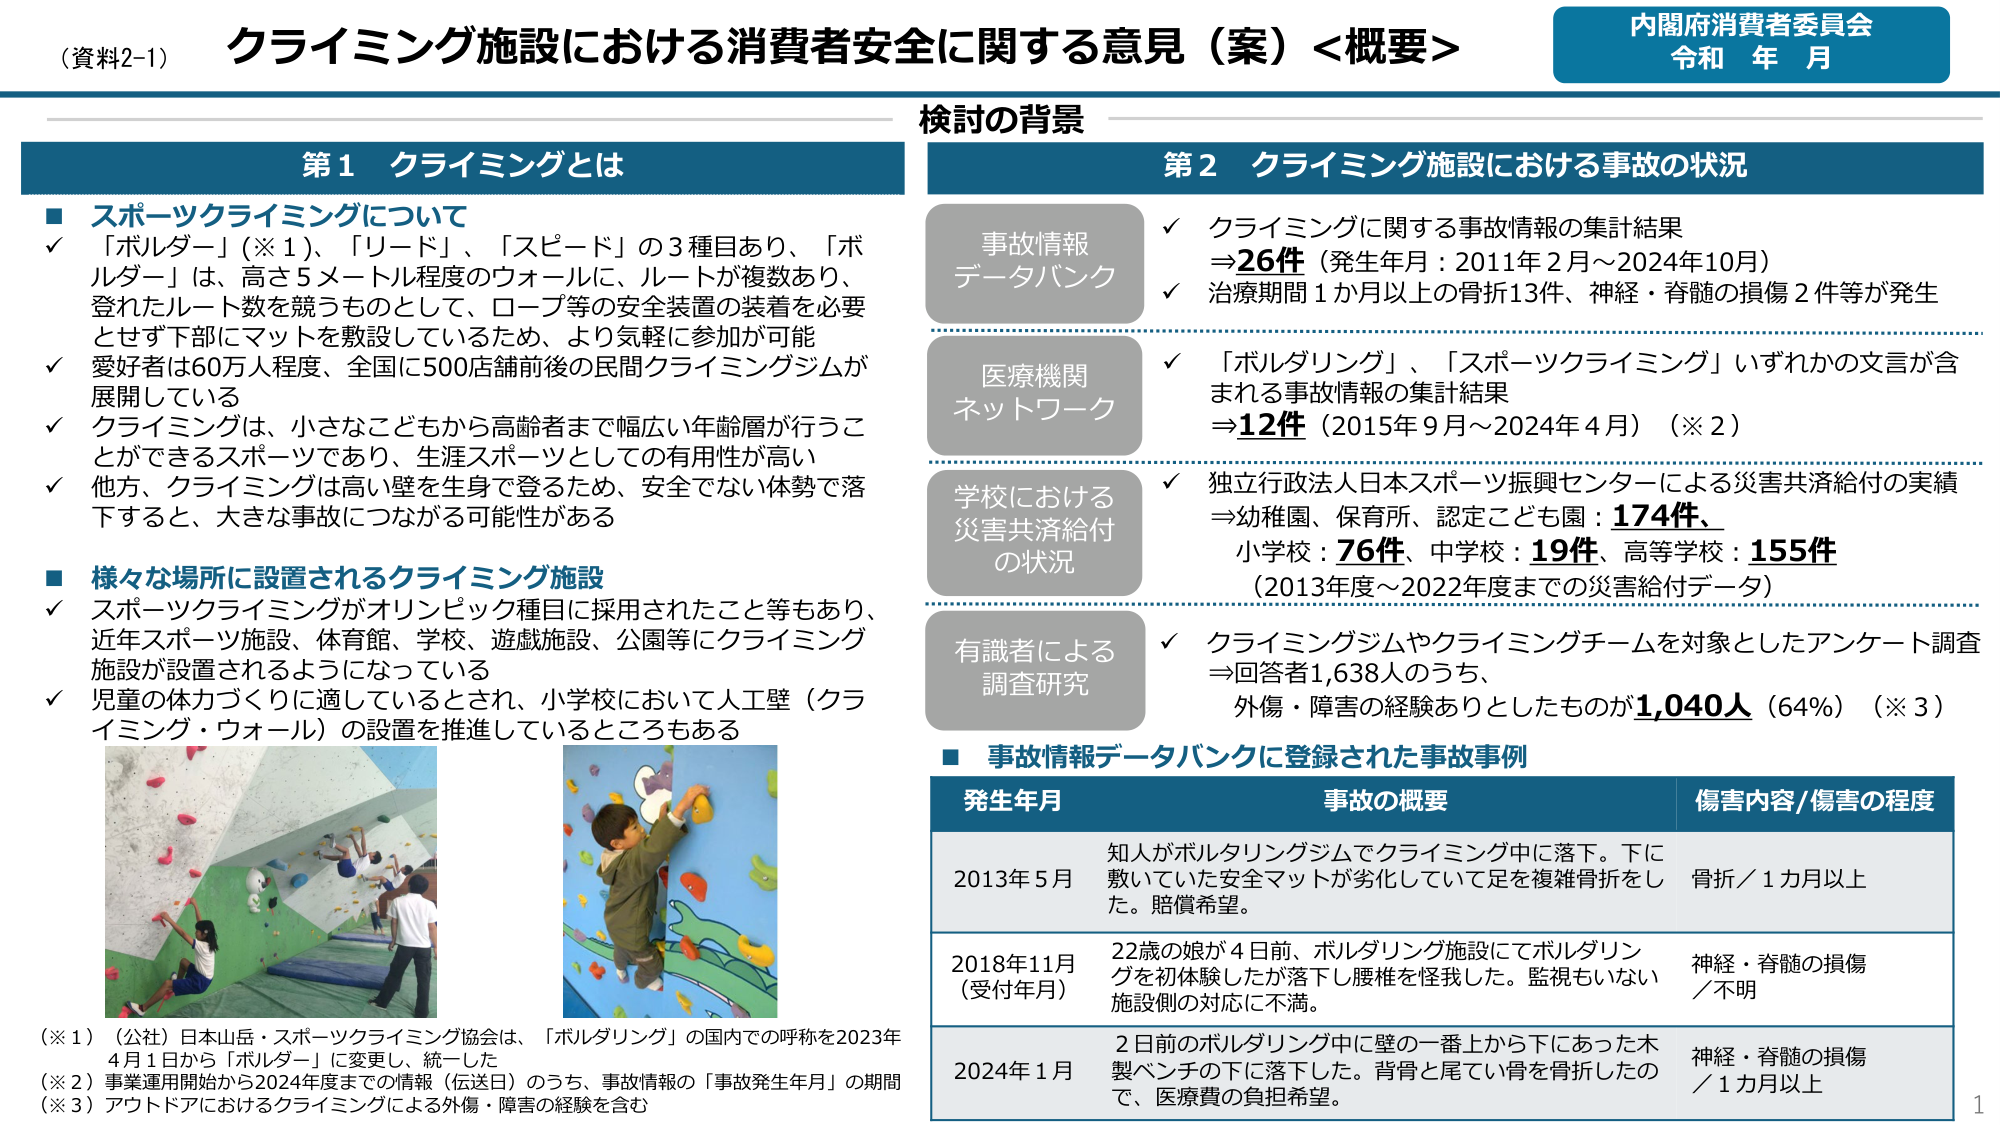
（資料2-1）
クライミング施設における消費者安全に関する意見（案）＜概要＞
内閣府消費者委員会
令和 年 月

第1 クライミングとは

■ スポーツクライミングについて
✓ 「ボルダー」（※1）、「リード」、「スピード」の3種目あり、「ボルダー」は、高さ5メートル程度のウォールに、ルートが複数あり、登れたルート数を競うものとして、ロープ等の安全装置の装着を必要とせず下部にマットを敷設しているため、より気軽に参加が可能
✓ 愛好者は60万人程度、全国に500店舗前後の民間クライミングジムが展開している
✓ クライミングは、小さなこどもから高齢者まで幅広い年齢層が行うことができるスポーツであり、生涯スポーツとしての有用性が高い
✓ 他方、クライミングは高い壁を生身で登るため、安全でない体勢で落下すると、大きな事故につながる可能性がある

■ 様々な場所に設置されるクライミング施設
✓ スポーツクライミングがオリンピック種目に採用されたこと等もあり、近年スポーツ施設、体育館、学校、遊戯施設、公園等にクライミング施設が設置されるようになっている
✓ 児童の体力づくりに適しているとされ、小学校において人工壁（クライミング・ウォール）の設置を推進しているところもある

（※1）（公社）日本山岳・スポーツクライミング協会は、「ボルダリング」の国内での呼称を2023年4月1日から「ボルダー」に変更し、統一した
（※2）事業運用開始から2024年度までの情報（伝送日）のうち、事故情報の「事故発生年月」の期間
（※3）アウトドアにおけるクライミングによる外傷・障害の経験を含む

検討の背景

第2 クライミング施設における事故の状況

事故情報
データバンク
✓ クライミングに関する事故情報の集計結果
⇒26件（発生年月：2011年2月～2024年10月）
✓ 治療期間1か月以上の骨折13件、神経・脊髄の損傷2件等が発生

医療機関
ネットワーク
✓ 「ボルダリング」、「スポーツクライミング」いずれかの文言が含まれる事故情報の集計結果
⇒12件（2015年9月～2024年4月）（※2）

学校における
災害共済給付
の状況
✓ 独立行政法人日本スポーツ振興センターによる災害共済給付の実績
⇒幼稚園、保育所、認定こども園：174件、
小学校：76件、中学校：19件、高等学校：155件
（2013年度～2022年度までの災害給付データ）

有識者による
調査研究
✓ クライミングジムやクライミングチームを対象としたアンケート調査
⇒回答者1,638人のうち、
外傷・障害の経験ありとしたものが1,040人（64%）（※3）

■ 事故情報データバンクに登録された事故事例

発生年月　　　　　　　　　事故の概要